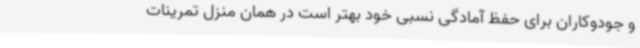
و جودوکاران برای حفظ آمادگی نسبی خود بهتر است در همان منزل تمرینات